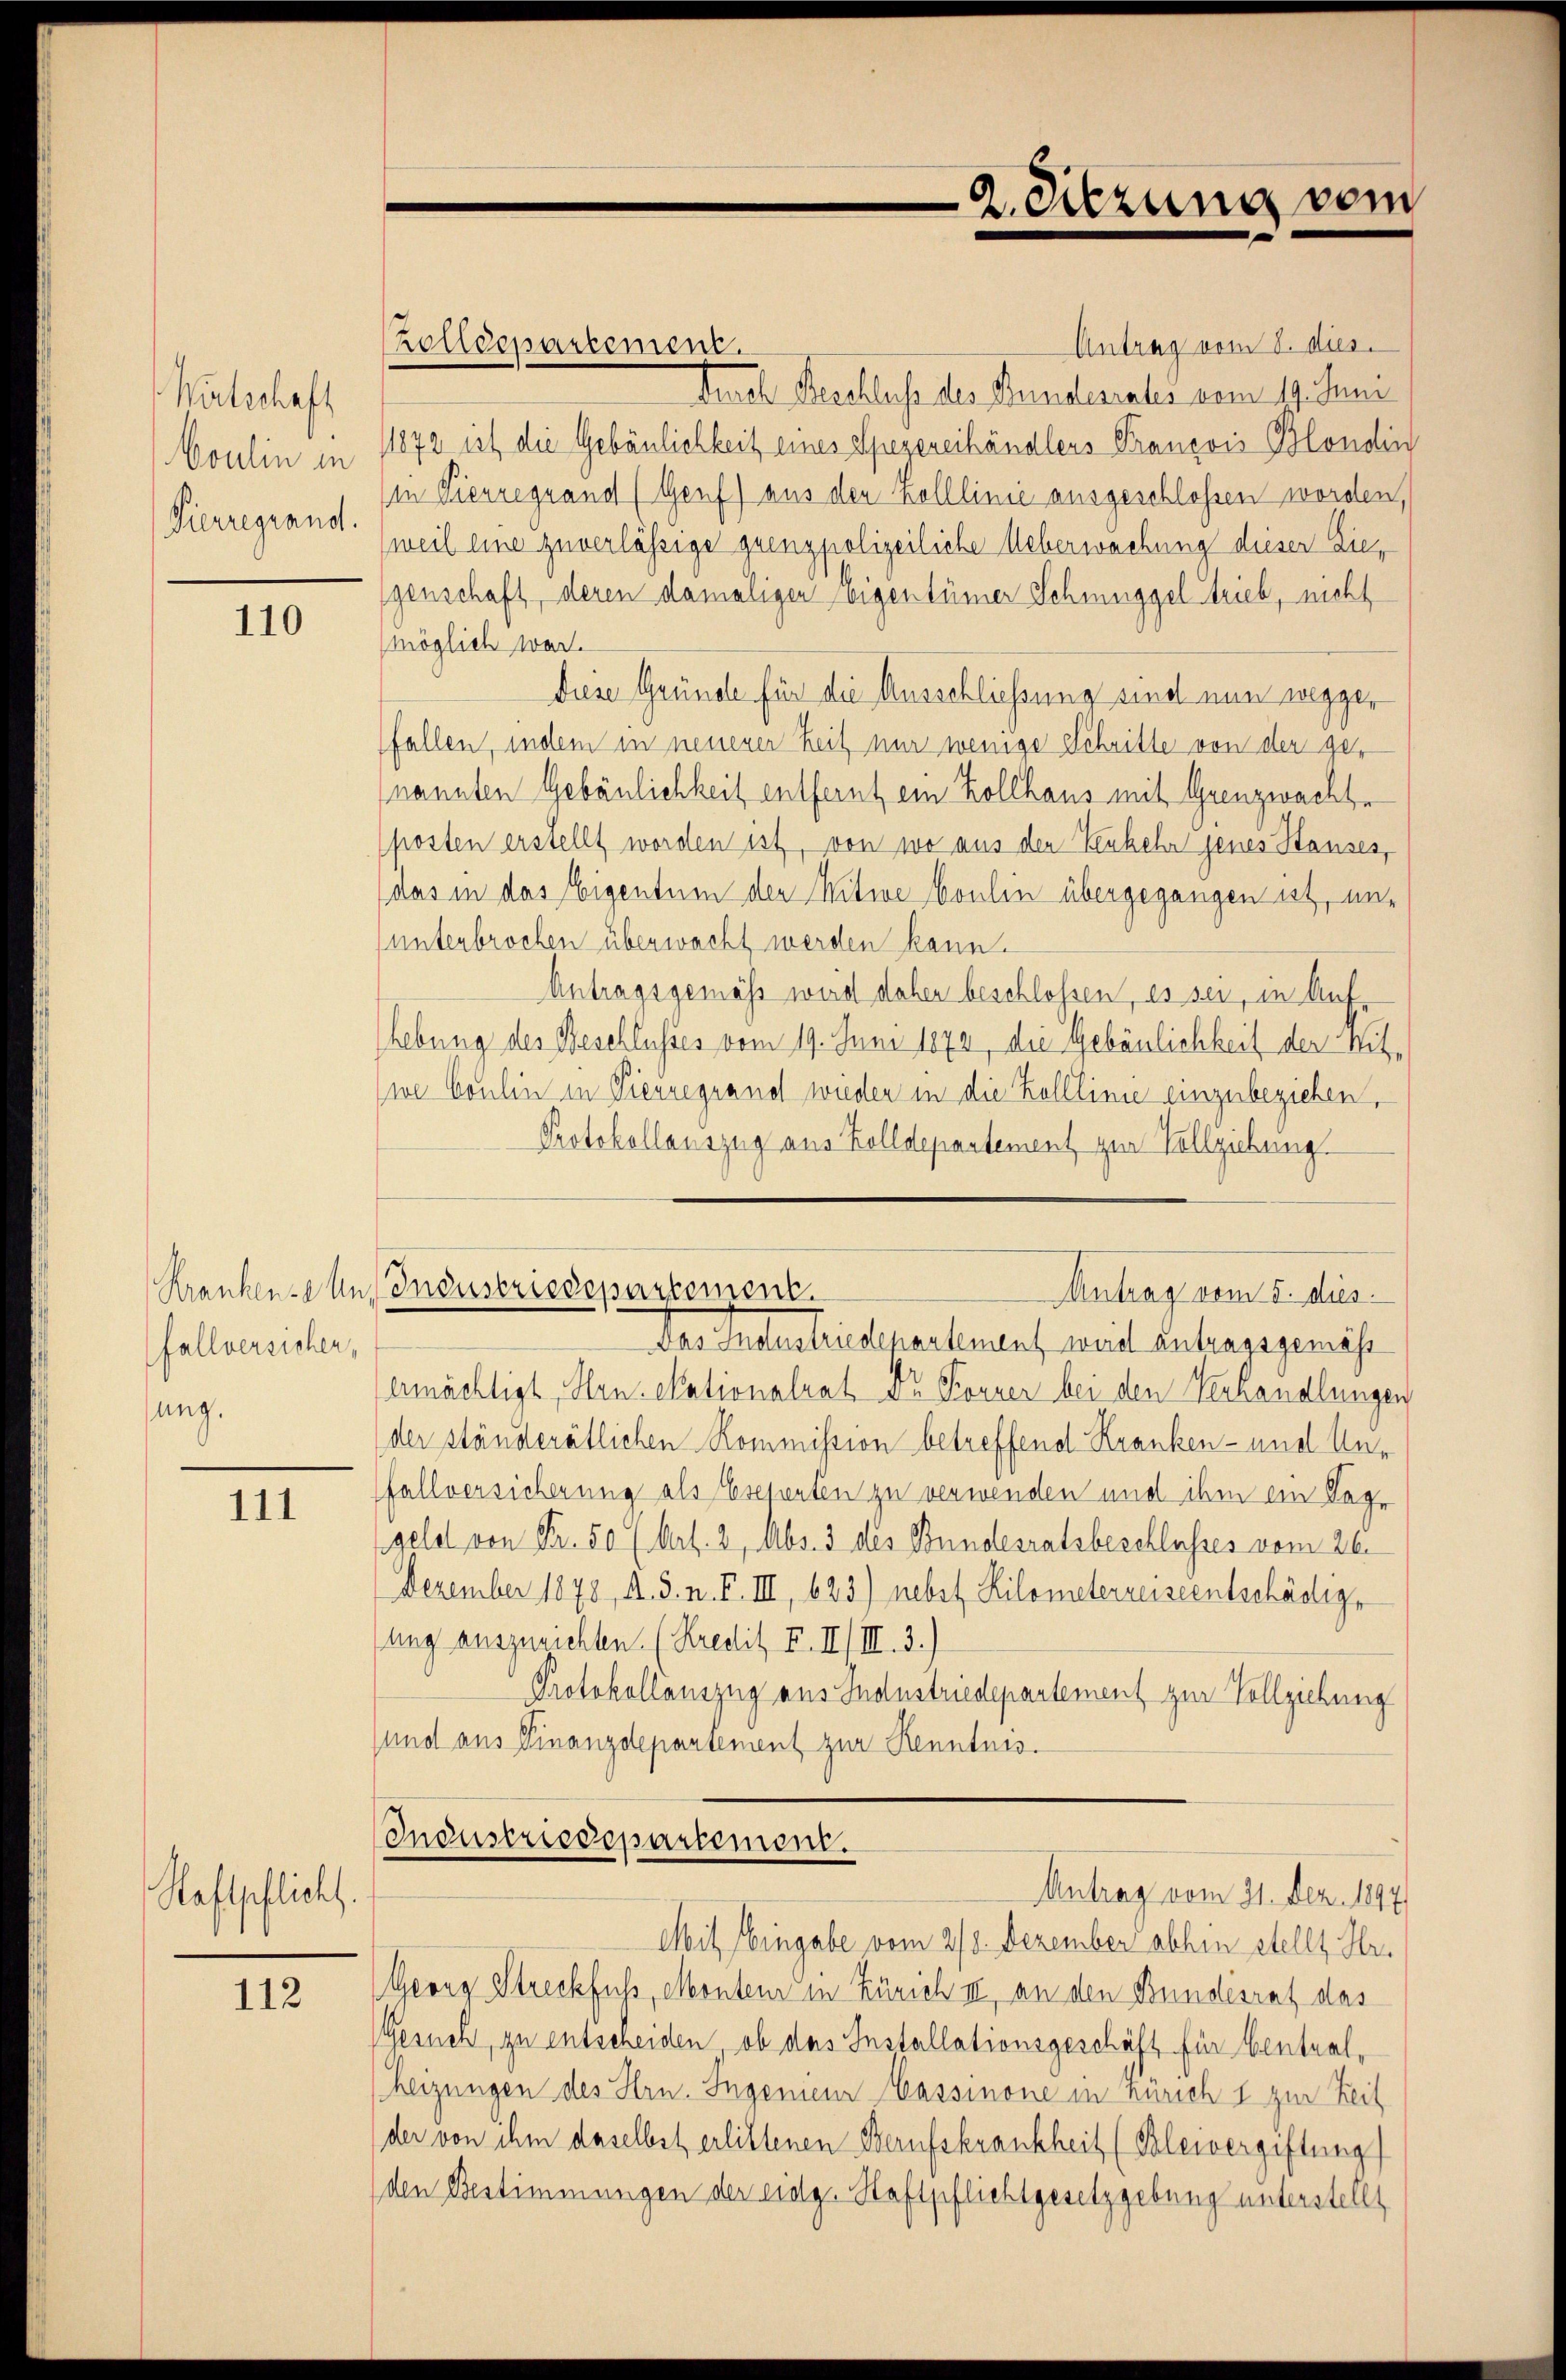
Witschaft
oulin in
Pierregrand.

110

fallversichen,
sung.

111

Raftpflickt.

112

Zolldepartement.
Antrag vom 8. dies
Furch Beschluss des Bundesrates vom 19. Juni
1872 ist die Gebäulichkeit eines Spezereihändlers Prançois Blondin
in Vierreguand (Genf) aus den Kolllinie ausgeschlossen worden,
weil eine zuverlässige quenzpolizeiliche Ueberwachung dieser Diegenschaft, deren damaligen eigentümer Schmuggel trieb, nicht
möglich war.
diese Gründe für die Ausschliessung sind nun wegger
fallen, indem in neuerer Zeit nur wenige Schritte von der genannten Gebäulichkeit entfernt ein Zollhaus mit Grenzwachs
(fosten erstellt worden ist, von wo aus den Verkehr jenes Stanzes,
das in das Eigentum der Witwe Coulen übergegangen ist, un-
(unterbrochen überwacht werden kann.
Antragsgemäss wird daher beschlossen, es sei, in Aufhebung des Beschlusses vom 19. Juni 1872, die Gebäulichkeit der Mitwe Coulin in Vierregrand wieder in die Kolllinie einzubeziehen,
Protokollauszug aus Zolldepartement zur Vollziehung
Krankenen Industriedepartement.
Antrag vom 5. dus.
Das Industriedepartement weid antragsgemäs
ermächtigt, Hrn. Nationalrat Dr Forner bei den Verhandlungen
der ständerätlichen Kommission betreffend Kranken- und Unfallversicherung als Eseperten zu verwenden und ihm ein Taggeld von Fr. 50 (Art. 2, Abs. 3 des Bundesratsbeschlusses vom 26.
Dezember 1878, A. S. n. F. III 623) nebst Kilometerreiseentschädige
sung auszurichten. (Kredit F. II) III. 3.)
Protokollauszug aus Industriedepartement zur Vollziehung
sund aus Finanzdepartement zur Kenntnis.
Industriedepartement.
Antrag vom 21. Dez. 1897
Mit Eingabe vom 278. Dezember abhin stellt Hr.
Georg Streckfuss, Monteur in Zürich III an den Bundesrat das
Gesuch, zu entscheiden, ob das Installationsgeschäft für Ventualheizungen des Hrn. Ingenieur Cassinone in Zürich & zur Zeit
der von ihm daselbst erlittenen Berufskrankheit (Bleivergiftung
den Bestimmungen der eidg. Haftpflichtgesetzgebung unterstellt

2. Sitzung vom